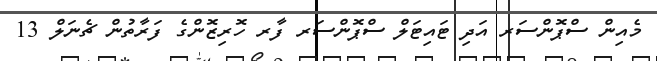
މެއިން ސްޕޮންސަރ އަދި ޓައިޓަލް ސްޕޮންސަރ ފާރ ހޮރިޒޮންގެ ފަރާތުން ޗެނަލް 13